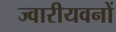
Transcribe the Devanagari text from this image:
ज्वारीयवनों